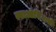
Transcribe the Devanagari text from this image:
ल्याओनिंगाची